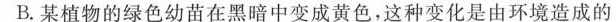
A.两个个体的身高不相同，二者的基因型可能相同，也可能不相同